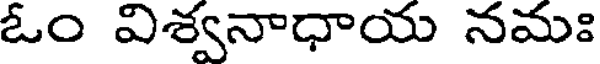
ఓం విశ్వనాధాయ నమః